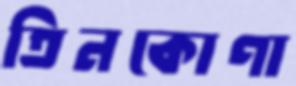
তিনকোণা